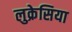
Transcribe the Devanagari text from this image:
लुक्रेसिया